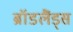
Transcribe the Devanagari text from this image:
ब्रॉडलैंड्स